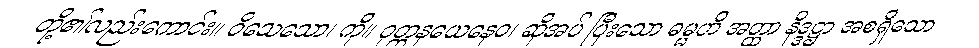
တို့၏လည်းကောင်း။ ဝိသေသော၊ ကို။ ဝုတ္တနယေနေဝ၊ ဆိုအပ် ပြီးသော ဓမ္မဟိ အတ္ထာ နိဒ္ဒဋ္ဌာ အစရှိသော